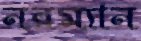
নরম্যান